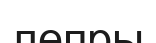
лепры